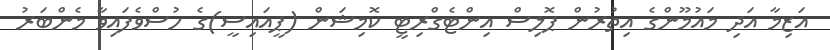
އަަޒިމާ އަދި މައުމޫންގެ އިތުރުން ޕޮލިސް އިންޓެގްރިޓީ ކޮމިޝަން (ޕީއައިސީ)ގެ ހުސްވެފައިވާ މެންބަރު